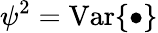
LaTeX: \psi^{2}=\mathrm{Var}\{ \bullet\}